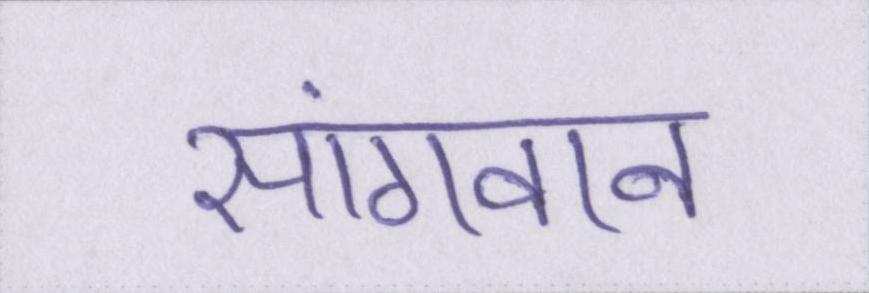
सांगवान